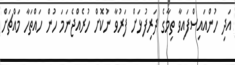
އަދި ހުންއައިސްފައިވާ ތިމާގެ ދަރިފުޅަށް ފަރުވާ ނުކޮށް ހުރެއްޖެނަމަ ހުން ހައްތަހާ މައްޗަށް